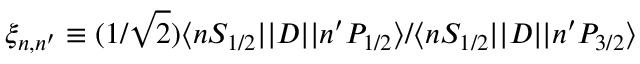
\xi _ { n , n ^ { \prime } } \equiv ( 1 / \sqrt { 2 } ) \ensuremath { \langle n S _ { 1 / 2 } | | } D \ensuremath { | | n ^ { \prime } P _ { 1 / 2 } \rangle } / \ensuremath { \langle n S _ { 1 / 2 } | | } D \ensuremath { | | n ^ { \prime } P _ { 3 / 2 } \rangle }